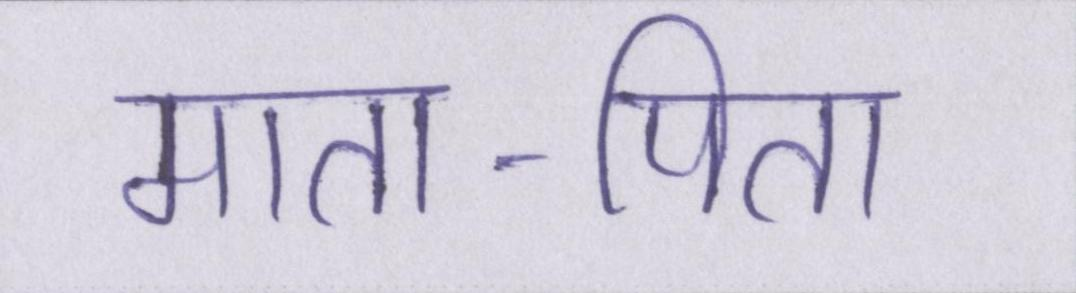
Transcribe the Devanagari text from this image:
माता-पिता